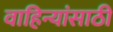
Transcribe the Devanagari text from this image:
वाहिन्यांसाठी